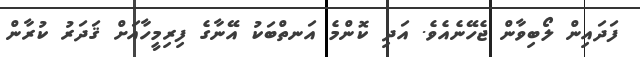
ފަދައިން ލޯބިވާން ޖެހޭނެއެވެ. އަދި ކޮންމެ އަނތްބަކު އޭނާގެ ފިރިމީހާއަށް ޤަދަރު ކުރާން